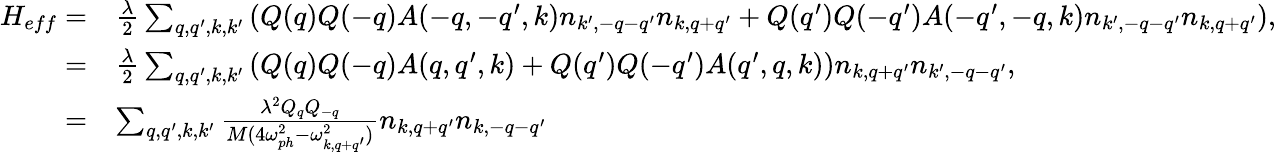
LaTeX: \begin{array}{rl}{H_{eff}=}&{\frac{\lambda}{2}\sum_{q,q^{\prime},k,k^{\prime}}\left(Q(q)Q(-q)A(-q,-q^{\prime},k)n_{k^{\prime},-q-q^{\prime}}n_{k,q+q^{\prime}}+Q(q^{\prime})Q(-q^{\prime})A(-q^{\prime},-q,k)n_{k^{\prime},-q-q^{\prime}}n_{k,q+q^{\prime}}\right),}\\ {=}&{\frac{\lambda}{2}\sum_{q,q^{\prime},k,k^{\prime}}\left(Q(q)Q(-q)A(q,q^{\prime},k)+Q(q^{\prime})Q(-q^{\prime})A(q^{\prime},q,k)\right)n_{k,q+q^{\prime}}n_{k^{\prime},-q-q^{\prime}},}\\ {=}&{\sum_{q,q^{\prime},k,k^{\prime}}\frac{\lambda^{2}Q_{q}Q_{-q}}{M(4\omega_{ph}^{2}-\omega_{k,q+q^{\prime}}^{2})}n_{k,q+q^{\prime}}n_{k,-q-q^{\prime}}}\end{array}